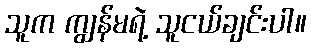
သူက ကျွန်မရဲ့ သူငယ်ချင်းပါ။